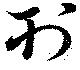
刊